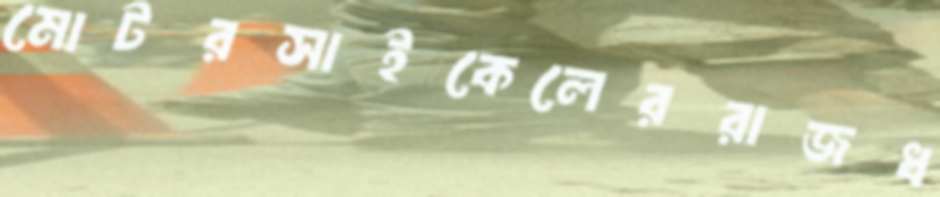
মোটরসাইকেলেররাজধ